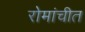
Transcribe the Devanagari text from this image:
रोमांचीत